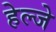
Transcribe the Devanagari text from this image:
हेल्जे